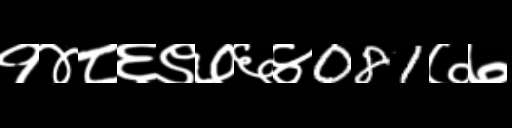
Text: १४८६९७६४081७७